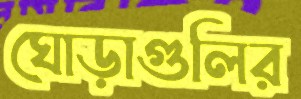
ঘোড়াগুলির